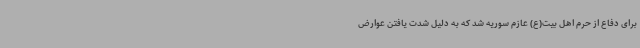
برای دفاع از حرم اهل بیت(ع) عازم سوریه شد که به دلیل شدت یافتن عوارض